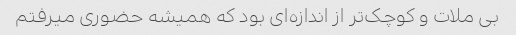
بی ملات و کوچک‌تر از اندازه‌ای بود که همیشه حضوری میرفتم